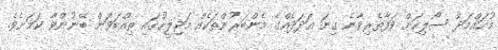
މުހައްމަދު ސޯލިހަށް ވަފާތެރިވާނެ ގިނަ އަދަދެއްގެ މެންބަރުންތަކެއް މަޖިލީހުގައި ތިއްބަވަން ބޭނުންވާ ކަމަށެވެ.